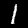
Label: 1